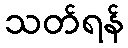
သတ်ရန်